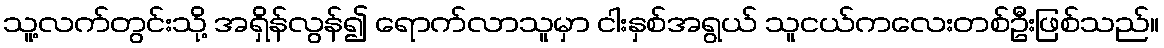
သူ့လက်တွင်းသို့ အရှိန်လွန်၍ ရောက်လာသူမှာ ငါးနှစ်အရွယ် သူငယ်ကလေးတစ်ဦးဖြစ်သည်။